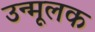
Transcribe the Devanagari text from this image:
उन्मूलक